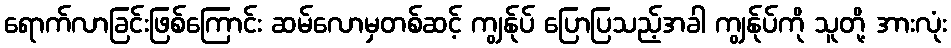
ရောက်လာခြင်းဖြစ်ကြောင်း ဆမ်လောမှတစ်ဆင့် ကျွန်ုပ် ပြောပြသည့်အခါ ကျွန်ုပ်ကို သူတို့ အားလုံး